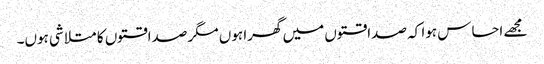
مجھے احساس ہوا کہ صداقتوں میں گھرا ہوں مگر صداقتوں کا متلاشی ہوں۔